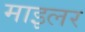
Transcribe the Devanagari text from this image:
माइलर